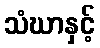
သံဃာနှင့်